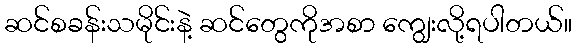
ဆင်စခန်းသမိုင်းနဲ့ ဆင်တွေကိုအစာ ကျွေးလို့ရပါတယ်။